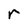
Character: r